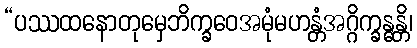
“ပဿထနောတုမှေဘိက္ခဝေအမုံမဟန္တံအဂ္ဂိက္ခန္ဓန္တိ၊